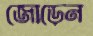
জোড়েন